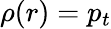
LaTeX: \rho(r)=p_{t}